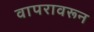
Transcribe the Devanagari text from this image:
वापरावरून